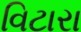
વિટારા